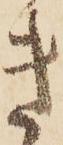
き